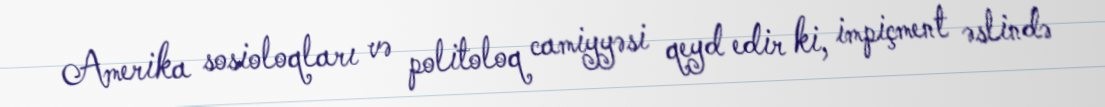
Amerika sosioloqları və politoloq camiyyəsi qeyd edir ki, impiçment əslində